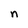
Character: n